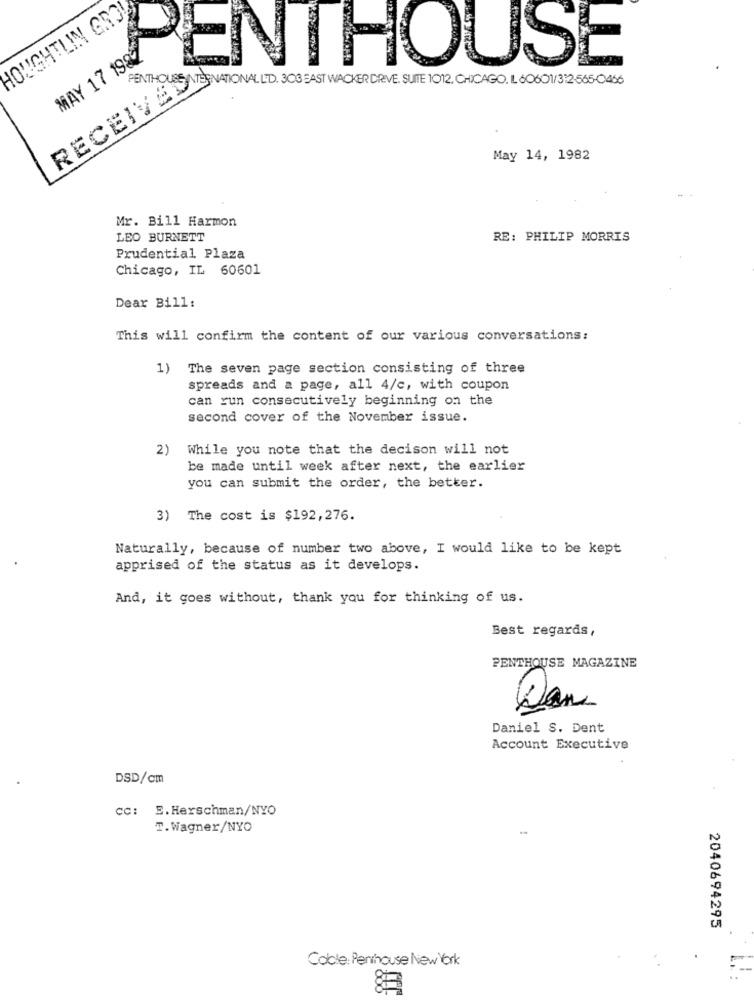
HOUGHTLIN GRO
MAY 17 1982
JUSE
PENTHOUSE INTERNATIONAL LTD. 303 EAST WACKER DRIVE, SUITE 1012, CHICAGO, IL 60601/3:2-565-0466
RECEIVED
May 14, 1982
Mr. Bill Harmon
LEO BURNETT
RE: PHILIP MORRIS
Prudential Plaza
Chicago, IL 60601
Dear Bill:
This will confirm the content of our various conversations:
1) The seven page section consisting of three
spreads and a page, all 4/c, with coupon
can run consecutively beginning on the
second cover of the November issue.
2)
While you note that the decison will not
be made until week after next, the earlier
you can submit the order, the better.
3) The cost is $192,276.
Naturally, because of number two above, I would like to be kept
apprised of the status as it develops.
And, it goes without, thank you for thinking of us.
Best regards,
PENTHOUSE MAGAZINE
Dan
Daniel S. Dent
Account Executive
DSD/cm
cc: E.Herschman/NYO
T.Wagner/NYO
2040694295
Coble: Penthouse New York